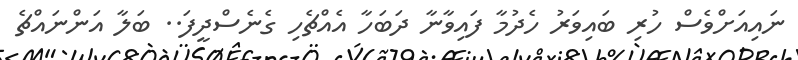
ނައިއަށްވެސް ހުރި ބައިވަރު ހެދުމާ ފައިވާނާ ދަބަހާ އެއްޗެހި ގެނެސްދީފަ.. ބަލާ އަންނައްޗެ